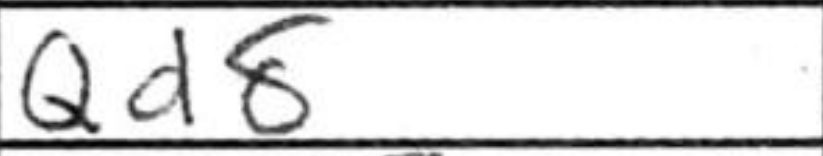
Transcription: Qd8